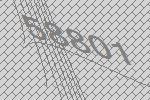
58801